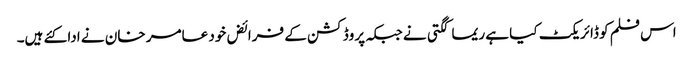
اس فلم کو ڈائریکٹ کیا ہے ریما کگتی نے جبکہ پروڈکشن کے فرائض خود عامر خان نے ادا کئے ہیں۔